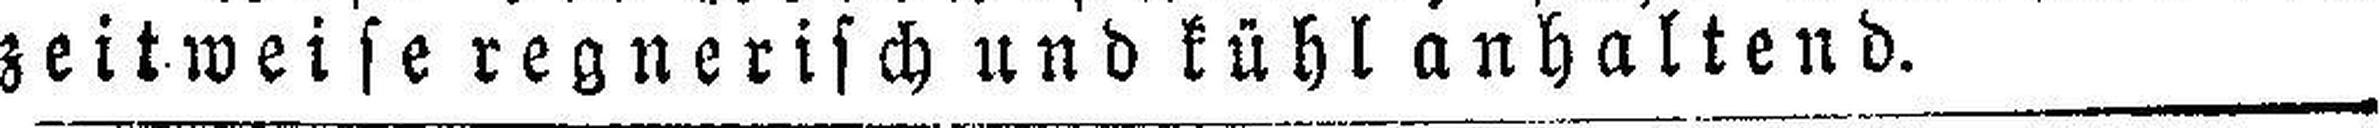
zeitweise regnerisch und kühl anhaltend.